Rangoon Lunatic Asylum 1898-1906 - 1898-1906
Year: 1898
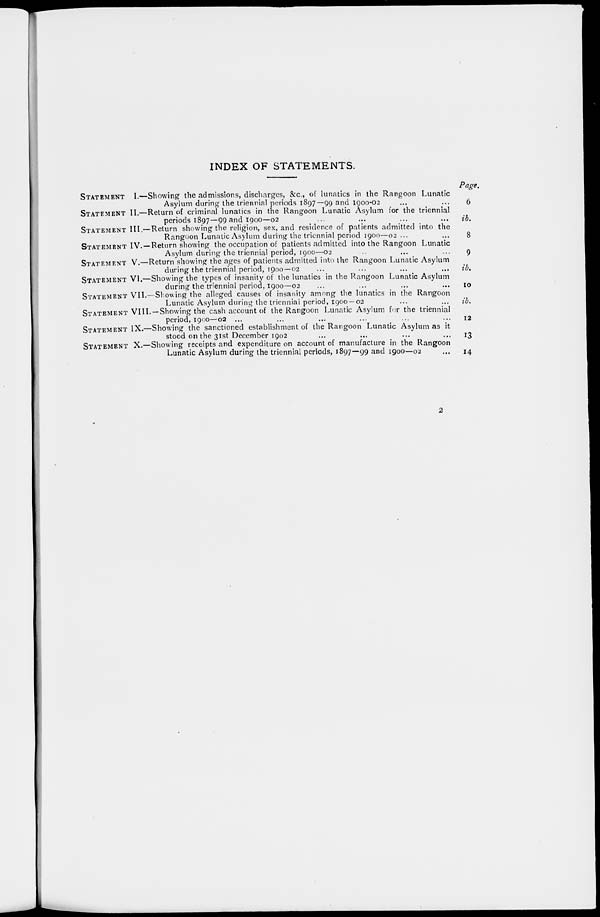
INDEX OF STATEMENTS.
STATEMENT I.—Showing the admissions, discharges, &c., of lunatics in the Rangoon Lunatic
Asylum during the triennial periods 1897—99 and 1900-02 ... ...
STATEMENT II.—Return of criminal lunatics in the Rangoon Lunatic Asylum for the triennial
periods 1897—99 and 1900—02 ... ... ... ...
STATEMENT III.—Return showing the religion, sex, and residence of patients admitted into the
Rangoon Lunatic Asylum during the triennial period 1900—02 ... ...
STATEMENT IV. —Return showing the occupation of patients admitted into the Rangoon Lunatic
Asylum during the triennial period, 1900—02 ... ... ...
STATEMENT V.—Return showing the ages of patients admitted into the Rangoon Lunatic Asylum
during the triennial period, 1900—02 ... ... ... ...
STATEMENT VI.—Showing the types of insanity of the lunatics in the Rangoon Lunatic Asylum
during the triennial period, 1900—02 ... ... ... ...
STATEMENT VII.—Slowing the alleged causes of insanity among the lunatics in the Rangoon
Lunatic Asylum during the triennial period, 1900 — 02 ... ...
STATEMENT VIII. —Showing the cash account of the Rangoon Lunatic Asylum for the triennial
period, 1900—02 ... ... ... ... ... ...
STATEMENT IX.—Showing the sanctioned establishment of the Rangoon Lunatic Asylum as it
stood on the 31st December 1902
...
...
...
STATEMENT X.—Showing receipts and expenditure on account of manufacture in the Rangoon
Lunatic Asylum during the triennial periods, 1897—99 and 1900—02 ...
Page.
6
ib.
8
9
ib.
10
ib.
12
13
14
2